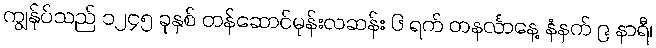
ကျွန်ုပ်သည် ၁၂၄၅ ခုနှစ် တန်ဆောင်မုန်းလဆန်း ၆ ရက် တနင်္လာနေ့ နံနက် ၉ နာရီ၊